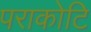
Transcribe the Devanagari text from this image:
पराकोटि